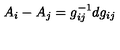
A _ { i } - A _ { j } = g _ { i j } ^ { - 1 } d g _ { i j }